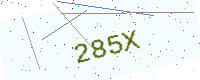
Text: 285X